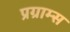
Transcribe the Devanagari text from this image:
प्रग्राम्स